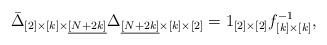
LaTeX: \begin{align*}\bar{\Delta}_{[2]\times[k] \times \underline{[N+2k]}} \Delta_{\underline{[N+2k]} \times[k]\times[2]} = 1_{[2]\times[2]} f^{-1}_{[k]\times[k]}, \end{align*}